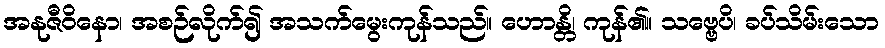
အနုဇီဝိနော၊ အစဉ်လိုက်၍ အသက်မွေးကုန်သည်။ ဟောန္တိ၊ ကုန်၏။ သဗ္ဗေပိ၊ ခပ်သိမ်းသော